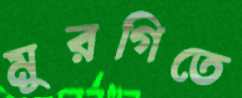
মুরগিতে